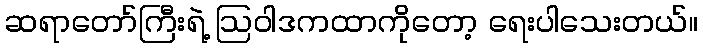
ဆရာတော်ကြီးရဲ့ ဩဝါဒကထာကိုတော့ ရေးပါသေးတယ်။